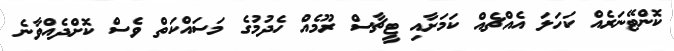
ކޮންޓޭނަރެއް ކަހަލަ އެއްޗެއް ކަމަށާއި ޓީޗާސް ރޫމެއް ހެދުމުގެ މަސައްކަތް ވެސް ކޮށްދެއްވާނެ